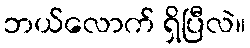
ဘယ်လောက် ရှိပြီလဲ။